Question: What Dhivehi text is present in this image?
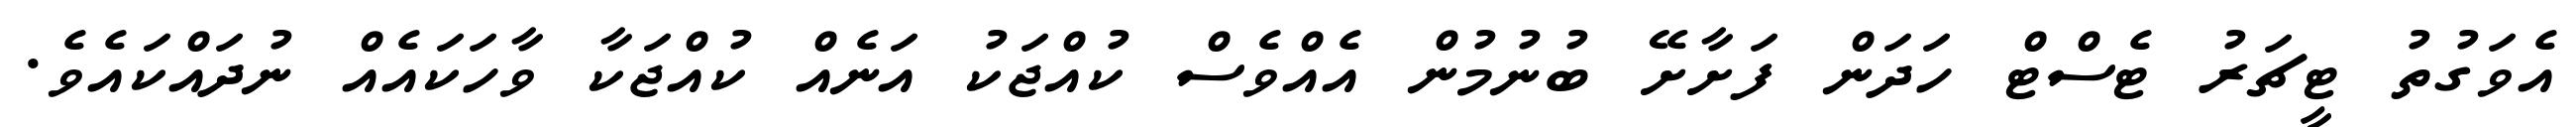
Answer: އެވަގުތު ޓީޗަރު ޓެސްޓް ހަދަން ފަށާށޭ ބުނުމުން އެއްވެސް ކުއްޖަކު އަނެއް ކުއްޖަކާ ވާހަކައެއް ނުދައްކައެވެ.